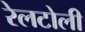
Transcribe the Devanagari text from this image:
रेलटोली